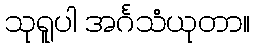
သုရူပါ အင်္ဂသံယုတာ။